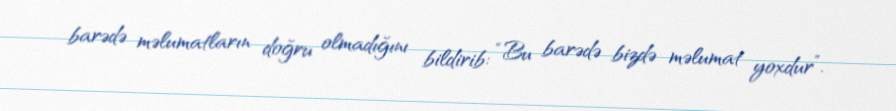
barədə məlumatların doğru olmadığını bildirib: “Bu barədə bizdə məlumat yoxdur”.